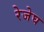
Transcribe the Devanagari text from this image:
रेजेघ